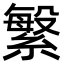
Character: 䌓